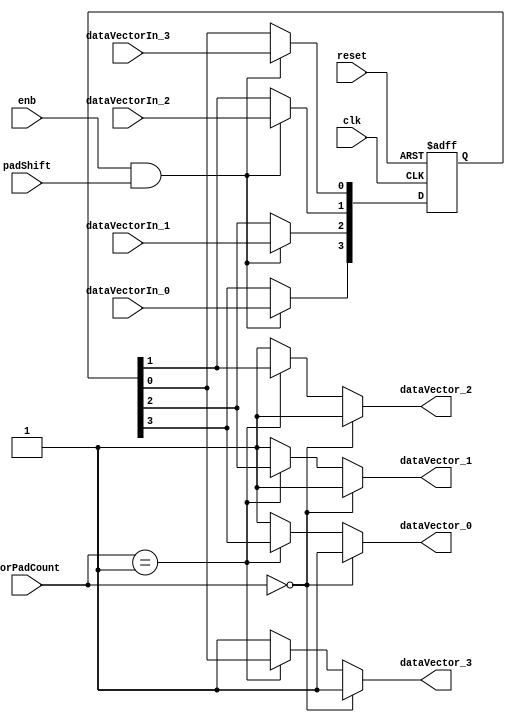
// -------------------------------------------------------------
// 
// 
// Generated by MATLAB 9.13 and HDL Coder 4.0
// 
// -------------------------------------------------------------


// -------------------------------------------------------------
// 
// Module: Horizontal_Padder_block
// Source Path: BlobAnalysisHDL/BlobDetector/CCA_Algorithm/Closing/LineBuffer/Horizontal Padder
// Hierarchy Level: 4
// 
// -------------------------------------------------------------

`timescale 1 ns / 1 ns

module Horizontal_Padder_block
          (clk,
           reset,
           enb,
           dataVectorIn_0,
           dataVectorIn_1,
           dataVectorIn_2,
           dataVectorIn_3,
           horPadCount,
           padShift,
           dataVector_0,
           dataVector_1,
           dataVector_2,
           dataVector_3);


  input   clk;
  input   reset;
  input   enb;
  input   dataVectorIn_0;  // boolean
  input   dataVectorIn_1;  // boolean
  input   dataVectorIn_2;  // boolean
  input   dataVectorIn_3;  // boolean
  input   [10:0] horPadCount;  // ufix11
  input   padShift;
  output  dataVector_0;  // boolean
  output  dataVector_1;  // boolean
  output  dataVector_2;  // boolean
  output  dataVector_3;  // boolean


  wire [0:3] DataPadValue;  // boolean [4]
  wire [0:3] dataVectorIn;  // boolean [4]
  reg  [0:3] intdelay_reg;  // ufix1 [4]
  wire [0:3] intdelay_reg_next;  // ufix1 [4]
  wire [0:3] DataMuxIn;  // boolean [4]
  wire [0:3] dataVector;  // boolean [4]


  assign DataPadValue[0] = 1'b1;
  assign DataPadValue[1] = 1'b1;
  assign DataPadValue[2] = 1'b1;
  assign DataPadValue[3] = 1'b1;



  assign dataVectorIn[0] = dataVectorIn_0;
  assign dataVectorIn[1] = dataVectorIn_1;
  assign dataVectorIn[2] = dataVectorIn_2;
  assign dataVectorIn[3] = dataVectorIn_3;

  always @(posedge clk or posedge reset)
    begin : intdelay_process
      if (reset == 1'b1) begin
        intdelay_reg[0] <= 1'b0;
        intdelay_reg[1] <= 1'b0;
        intdelay_reg[2] <= 1'b0;
        intdelay_reg[3] <= 1'b0;
      end
      else begin
        if (enb && padShift) begin
          intdelay_reg[0] <= intdelay_reg_next[0];
          intdelay_reg[1] <= intdelay_reg_next[1];
          intdelay_reg[2] <= intdelay_reg_next[2];
          intdelay_reg[3] <= intdelay_reg_next[3];
        end
      end
    end

  assign DataMuxIn[0] = intdelay_reg[0];
  assign DataMuxIn[1] = intdelay_reg[1];
  assign DataMuxIn[2] = intdelay_reg[2];
  assign DataMuxIn[3] = intdelay_reg[3];
  assign intdelay_reg_next[0] = dataVectorIn[0];
  assign intdelay_reg_next[1] = dataVectorIn[1];
  assign intdelay_reg_next[2] = dataVectorIn[2];
  assign intdelay_reg_next[3] = dataVectorIn[3];



  assign dataVector[0] = (horPadCount == 11'b00000000000 ? DataPadValue[0] :
              (horPadCount == 11'b00000000001 ? DataMuxIn[0] :
              (horPadCount == 11'b00000000010 ? DataPadValue[0] :
              DataPadValue[0])));
  assign dataVector[1] = (horPadCount == 11'b00000000000 ? DataPadValue[1] :
              (horPadCount == 11'b00000000001 ? DataMuxIn[1] :
              (horPadCount == 11'b00000000010 ? DataPadValue[1] :
              DataPadValue[1])));
  assign dataVector[2] = (horPadCount == 11'b00000000000 ? DataPadValue[2] :
              (horPadCount == 11'b00000000001 ? DataMuxIn[2] :
              (horPadCount == 11'b00000000010 ? DataPadValue[2] :
              DataPadValue[2])));
  assign dataVector[3] = (horPadCount == 11'b00000000000 ? DataPadValue[3] :
              (horPadCount == 11'b00000000001 ? DataMuxIn[3] :
              (horPadCount == 11'b00000000010 ? DataPadValue[3] :
              DataPadValue[3])));



  assign dataVector_0 = dataVector[0];

  assign dataVector_1 = dataVector[1];

  assign dataVector_2 = dataVector[2];

  assign dataVector_3 = dataVector[3];

endmodule  // Horizontal_Padder_block